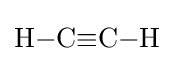
{\mathrm {H} {-}\mathrm {C} {\equiv }\mathrm {C} }{{-}\mathrm {H} }